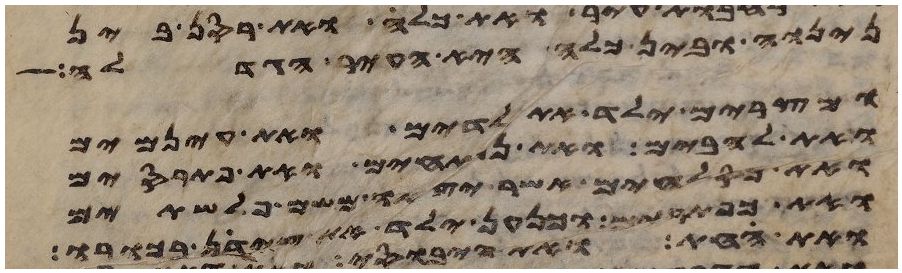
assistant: נינוה ובין כלח היא העיר הגדלה
ומצרים ילד את לדים ואת עינמים
ואת להבים ואת נפתחים ואת פתרסים
ואת כסלחים אשר יצאו משם פלשתים
ואת כפתרים וכנען ילד את צידון בכורו